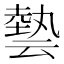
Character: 㙯